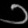
Digit: ၁